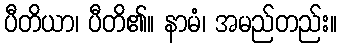
ပီတိယာ၊ ပီတိ၏။ နာမံ၊ အမည်တည်း။